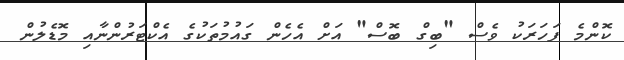
ކޮންމެ ފަހަރަކު ވެސް "ބިގް ބޮސް" އަށް އެހެން ގައުމުތަކުގެ އެކްޓަރުންނާއި މޮޑެލުން